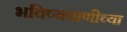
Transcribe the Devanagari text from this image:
भविष्यवाणीच्या